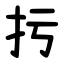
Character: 扝